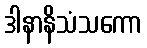
ဒါနာနိသံသကော